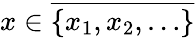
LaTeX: x\in{\overline{{\{ x_{1},x_{2},\ldots\} }}}